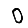
Digit: 0